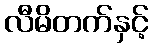
လီမိတက်နှင့်